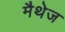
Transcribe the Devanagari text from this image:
मैथेज